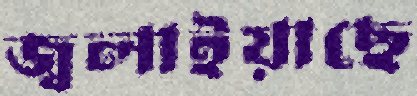
জ্বলাইয়াছে